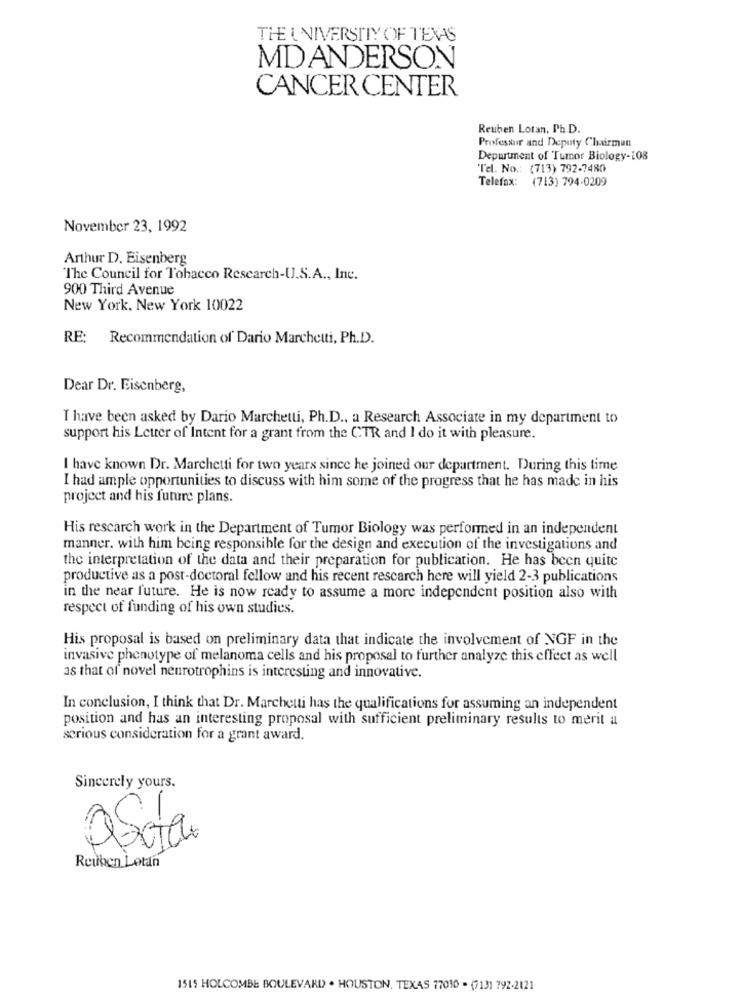
THE UNIVERSITY OF TEXAS
MD ANDERSON
CANCER CENTER
Reuben Lotan, Ph. D.
Professur and Deputy Chairman
Department of Tumor Biology-108
Tel. No .: (713) 792-7480
Telefax: (713) 794-0209
November 23, 1992
Arthur D. Eisenberg
The Council for Tobacco Research-U.S.A ., Inc.
900 Third Avenue
New York, New York 10022
RE: Recommendation of Dario Marchetti, Ph.D.
Dear Dr. Eisenberg,
I have been asked by Dario Marchetti, Ph.D ., a Research Associate in my department to
support his Letter of Intent for a grant from the CTR and I do it with pleasure.
I have known Dr. Marchetti for two years since he joined our department. During this time
I had ample opportunities to discuss with him some of the progress that he has made in his
project and his future plans.
His rescarch work in the Department of Tumor Biology was performed in an independent
manner. with him being responsible for the design and execution of the investigations and
the interpretation of the data and their preparation for publication. He has been quite
productive as a post-doctoral fellow and his recent rescarch here will yield 2-3 publications
in the near future. He is now ready to assume a more independent position also with
respect of funding of his own studies.
His proposal is based on preliminary data that indicate the involvement of NGF in the
invasive phenotype of melanoma cells and his proposal to further analyze this effect as well
as that of novel nenrotrophins is interesting and innovative.
In conclusion, I think that Dr. Marchetti has the qualifications for assuming an independent
position and has an interesting proposal with sufficient preliminary results to merit a
serious consideration for a grant award.
Sincerely yours.
ACI
Reuben Lotan
1515 HOLCOMBE BOULEVARD . HOUSTON, TEXAS 77010 . (713) 792-2121